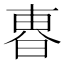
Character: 𣌼